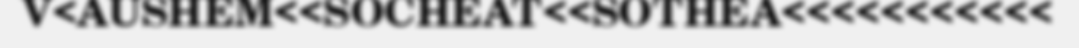
V<AUSHEM<<SOCHEAT<<SOTHEA<<<<<<<<<<<